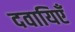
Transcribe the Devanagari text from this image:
दवायिएँ